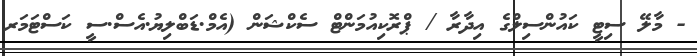
- މާލޭ ސިޓީ ކައުންސިލްގެ އިދާރާ / ޕްރޮކިއުމަންޓް ސެކްޝަން (އެމް.ޑަބްލިޔު.އެސް.ސީ ކަސްޓަމަރ